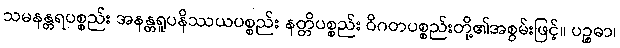
သမနန္တရပစ္စည်း အနန္တရူပနိဿယပစ္စည်း နတ္တိပစ္စည်း ဝိဂတပစ္စည်းတို့၏အစွမ်းဖြင့်။ ပဉ္စဓာ၊